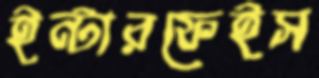
ইন্টারফেইস